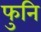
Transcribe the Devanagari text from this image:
फुनि